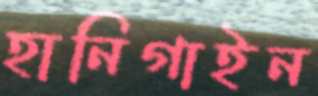
হানিগাইন